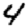
Digit: 4